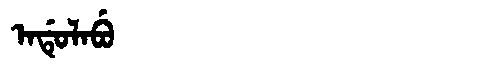
Manchu: ᠠᡩᡠᠯᠠᠪᡠ
Romanization: ADULABU